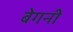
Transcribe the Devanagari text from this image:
बेगनी